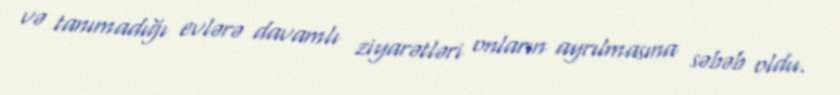
və tanımadığı evlərə davamlı ziyarətləri onların ayrılmasına səbəb oldu.